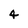
Character: 4